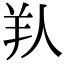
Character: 𦍏